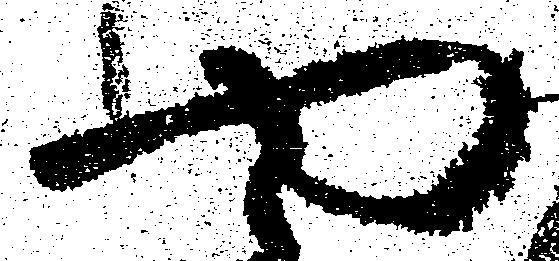
や